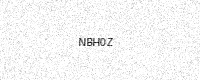
Text: NBH0Z